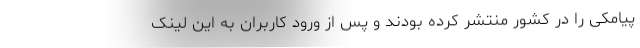
پیامکی را در کشور منتشر کرده بودند و پس از ورود کاربران به این لینک